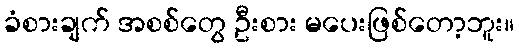
ခံစားချက် အစစ်တွေ ဦးစား မပေးဖြစ်တော့ဘူး။